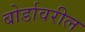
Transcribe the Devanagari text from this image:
बोर्डावरील